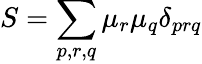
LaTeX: S=\sum_{p,r,q}\mu_{r}\mu_{q}\delta_{prq}